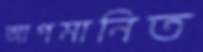
আপমানিত